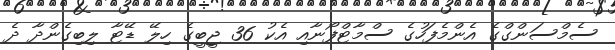
ސެމްސަންގްގެ އެންމެފަހުގެ ސްމާޓްފޯނާއި އެކު 36 ޖީބީގެ ހިލޭ ޑޭޓާ ލިބިގެންދާ ދެ